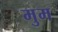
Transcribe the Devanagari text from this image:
मुम